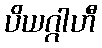
ပိယဂ္ဂါဟီ